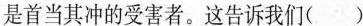
是首当其冲的受害者。这告诉我们( )